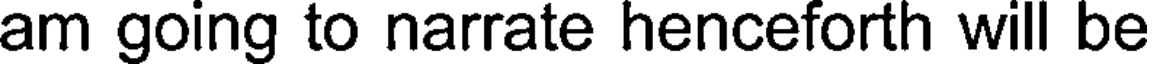
am going to narrate henceforth will be